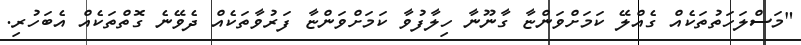
"މަސްލަހަތުތަކެއް ގެއްލޭ ކަމަށްވަންޏާ ގާނޫނާ ހިލާފުވާ ކަމަށްވަންޏާ ފަރުވާތަކެއް ދެވޭނެ ގޮތްތަކެއް އެބަހުރި.